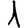
Digit: 1